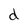
Character: d